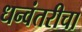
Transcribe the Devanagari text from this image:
धन्वंतरीचा